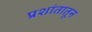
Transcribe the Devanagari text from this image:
प्रशांतातून